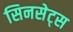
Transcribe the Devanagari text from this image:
सिनसेट्स